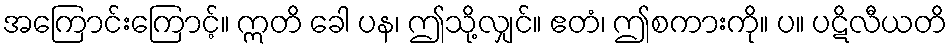
အကြောင်းကြောင့်။ ဣတိ ခေါ ပန၊ ဤသို့လျှင်။ ဧတံ၊ ဤစကားကို။ ပ။ ပဋိလီယတိ